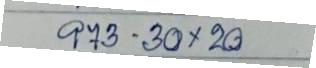
973 - 30 x 20